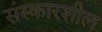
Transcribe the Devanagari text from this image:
संस्कारशील